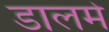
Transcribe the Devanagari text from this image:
डालमे